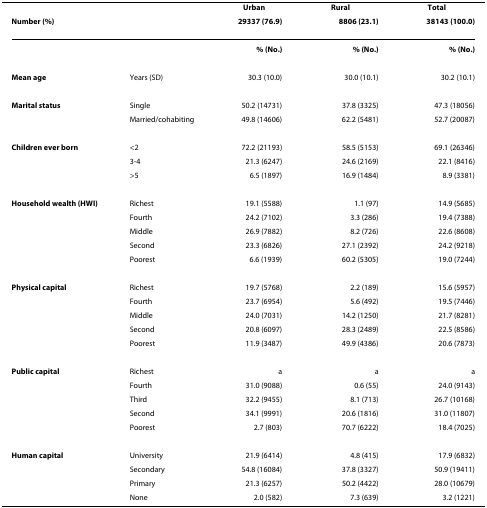
<table><thead><tr><td></td><td></td><td><b>Urban</b></td><td><b>Rural</b></td><td><b>Total</b></td></tr><tr><td><b>Number (%)</b></td><td></td><td><b>29337 (76.9)</b></td><td><b>8806 (23.1)</b></td><td><b>38143 (100.0)</b></td></tr></thead><tbody><tr><td></td><td></td><td><b>% (No.)</b></td><td><b>% (No.)</b></td><td><b>% (No.)</b></td></tr><tr><td><b>Mean age</b></td><td>Years (SD)</td><td>30.3 (10.0)</td><td>30.0 (10.1)</td><td>30.2 (10.1)</td></tr><tr><td><b>Marital status</b></td><td>Single</td><td>50.2 (14731)</td><td>37.8 (3325)</td><td>47.3 (18056)</td></tr><tr><td></td><td>Married/cohabiting</td><td>49.8 (14606)</td><td>62.2 (5481)</td><td>52.7 (20087)</td></tr><tr><td><b>Children ever born</b></td><td>&lt;2</td><td>72.2 (21193)</td><td>58.5 (5153)</td><td>69.1 (26346)</td></tr><tr><td></td><td>3-4</td><td>21.3 (6247)</td><td>24.6 (2169)</td><td>22.1 (8416)</td></tr><tr><td></td><td>&gt;5</td><td>6.5 (1897)</td><td>16.9 (1484)</td><td>8.9 (3381)</td></tr><tr><td><b>Household wealth (HWI)</b></td><td>Richest</td><td>19.1 (5588)</td><td>1.1 (97)</td><td>14.9 (5685)</td></tr><tr><td></td><td>Fourth</td><td>24.2 (7102)</td><td>3.3 (286)</td><td>19.4 (7388)</td></tr><tr><td></td><td>Middle</td><td>26.9 (7882)</td><td>8.2 (726)</td><td>22.6 (8608)</td></tr><tr><td></td><td>Second</td><td>23.3 (6826)</td><td>27.1 (2392)</td><td>24.2 (9218)</td></tr><tr><td></td><td>Poorest</td><td>6.6 (1939)</td><td>60.2 (5305)</td><td>19.0 (7244)</td></tr><tr><td><b>Physical capital</b></td><td>Richest</td><td>19.7 (5768)</td><td>2.2 (189)</td><td>15.6 (5957)</td></tr><tr><td></td><td>Fourth</td><td>23.7 (6954)</td><td>5.6 (492)</td><td>19.5 (7446)</td></tr><tr><td></td><td>Middle</td><td>24.0 (7031)</td><td>14.2 (1250)</td><td>21.7 (8281)</td></tr><tr><td></td><td>Second</td><td>20.8 (6097)</td><td>28.3 (2489)</td><td>22.5 (8586)</td></tr><tr><td></td><td>Poorest</td><td>11.9 (3487)</td><td>49.9 (4386)</td><td>20.6 (7873)</td></tr><tr><td><b>Public capital</b></td><td>Richest</td><td>a</td><td>a</td><td>a</td></tr><tr><td></td><td>Fourth</td><td>31.0 (9088)</td><td>0.6 (55)</td><td>24.0 (9143)</td></tr><tr><td></td><td>Third</td><td>32.2 (9455)</td><td>8.1 (713)</td><td>26.7 (10168)</td></tr><tr><td></td><td>Second</td><td>34.1 (9991)</td><td>20.6 (1816)</td><td>31.0 (11807)</td></tr><tr><td></td><td>Poorest</td><td>2.7 (803)</td><td>70.7 (6222)</td><td>18.4 (7025)</td></tr><tr><td><b>Human capital</b></td><td>University</td><td>21.9 (6414)</td><td>4.8 (415)</td><td>17.9 (6832)</td></tr><tr><td></td><td>Secondary</td><td>54.8 (16084)</td><td>37.8 (3327)</td><td>50.9 (19411)</td></tr><tr><td></td><td>Primary</td><td>21.3 (6257)</td><td>50.2 (4422)</td><td>28.0 (10679)</td></tr><tr><td></td><td>None</td><td>2.0 (582)</td><td>7.3 (639)</td><td>3.2 (1221)</td></tr></tbody></table>